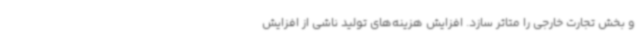
و بخش تجارت خارجی را متاثر سازد. افزایش هزینه‌های تولید ناشی از افزایش